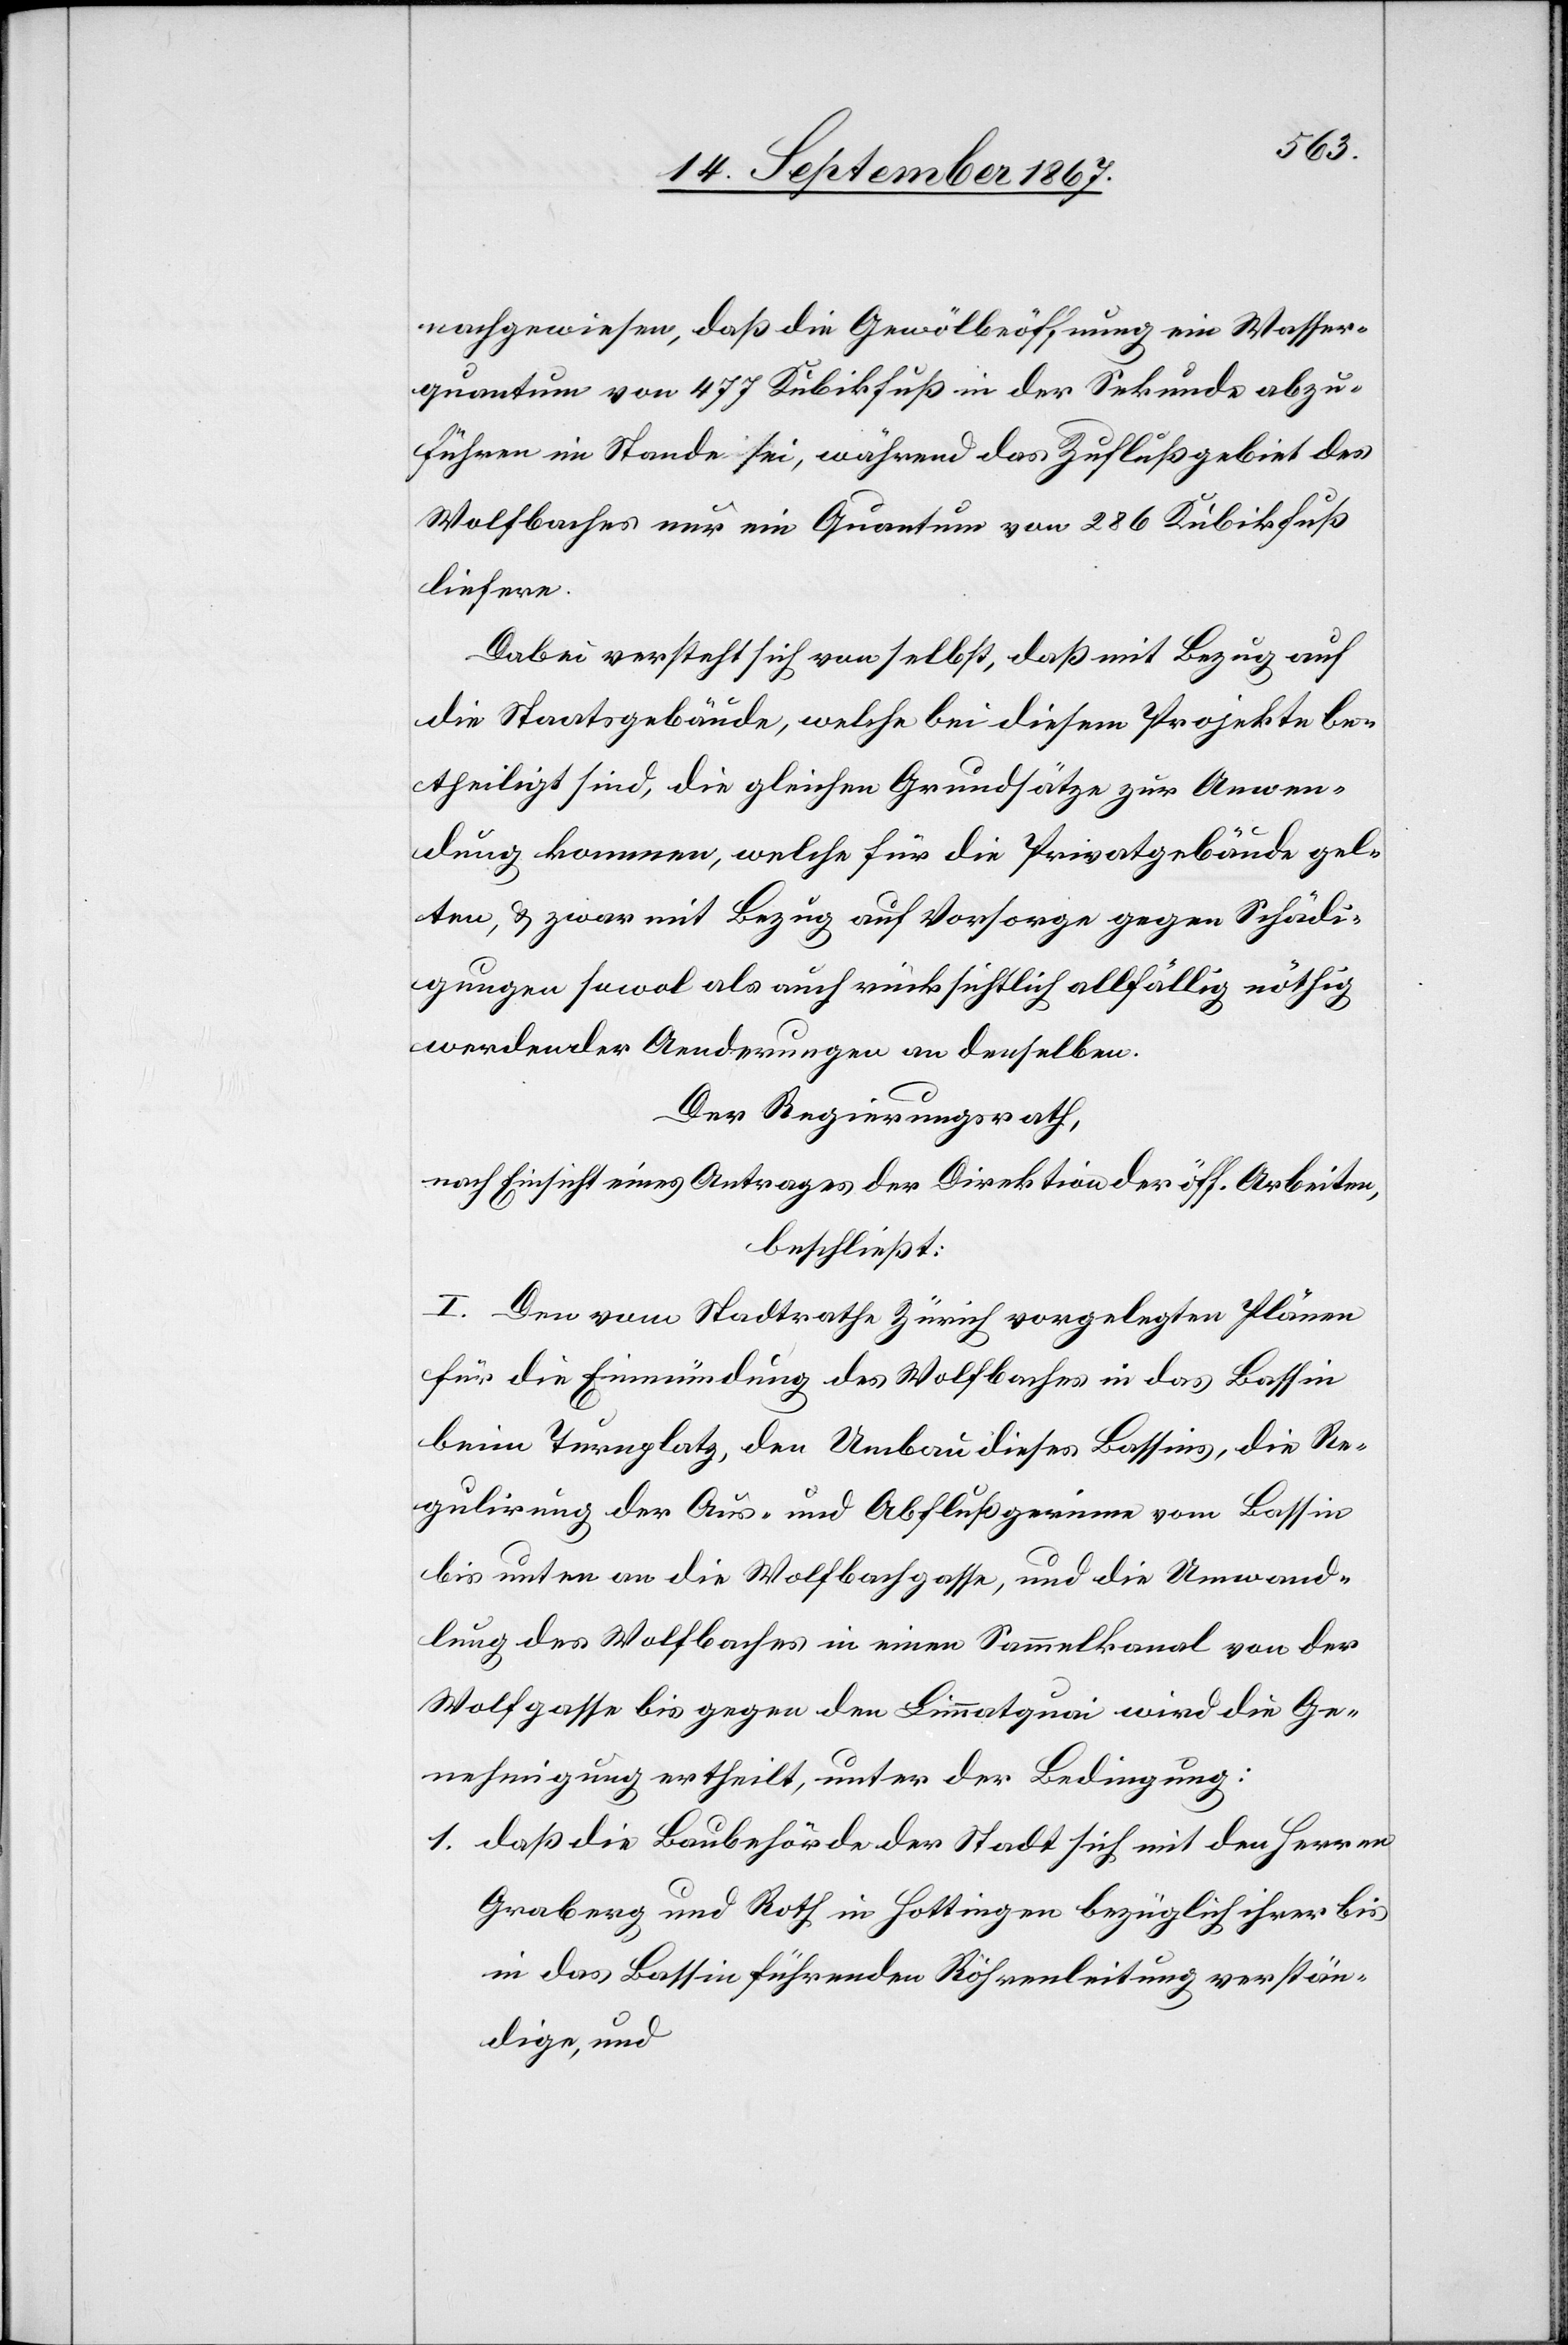
nachgewiesen, daß die Gewölbeöffnung ein Wasser¬
quantum von 477 Kubikfuß in der Sekunde abzu¬
führen im Stande sei, während das Zuflußgebiet des
Wolfbaches nur ein Quantum von 286 Kubikfuß
liefere.
Dabei versteht sich von selbst, daß mit Bezug auf
die Staatsgebäude, welche bei diesem Projekte be¬
theiligt sind, die gleichen Grundsätze zur Anwen¬
dung kommen, welche für die Privatgebäude gel¬
ten, u. zwar mit Bezug auf Vorsorge gegen Schädi¬
gungen sowol als auch rücksichtlich allfällig nöthig
werdender Aenderungen an denselben.
Der Regierungsrath,
nach Einsicht eines Antrages der Direktion der öff. Arbeiten,
beschließt:
I. Den vom Stadtrathe Zürich vorgelegten Plänen
für die Einmündung des Wolfbaches in das Bassin
beim Turnplatz, den Umbau dieses Bassins, die Re¬
gulirung der Aus- und Abflußgerinne vom Bassin
bis unten an die Wolfbachgasse, und die Umwand¬
lung des Wolfbaches in einen Sammelkanal von der
Wolfgasse bis gegen den Limmatquai wird die Ge¬
nehmigung ertheilt, unter der Bedingung:
1. daß die Baubehörde der Stadt sich mit den Herren
Graberg und Roth in Hottingen bezüglich ihrer bis
in das Bassin führenden Röhrenleitung verstän¬
digen, und